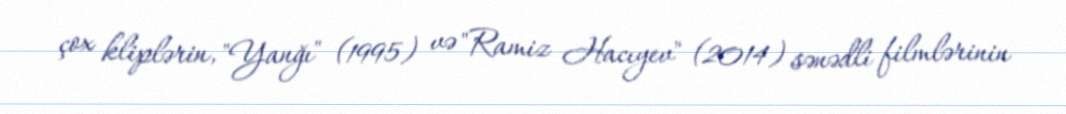
çox kliplərin, "Yanğı" (1995) və "Ramiz Hacıyev" (2014) sənədli filmlərinin